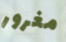
مغرور